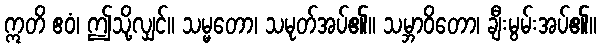
ဣတိ ဧဝံ၊ ဤသို့လျှင်။ သမ္မတော၊ သမုတ်အပ်၏။ သမ္ဘာဝိတော၊ ချီးမွမ်းအပ်၏။